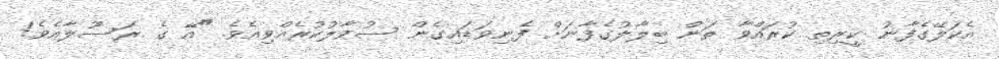
އެކަލޭގެފާނު ކީރިތި ކުރައްވާ ތަން ބިލާލުގެފާނަށް ފެނިވަޑައިގެން ސުވާލުކުރެއްވިއެވެ. "އޭ ގެ ރަސޫލާއެވެ!